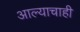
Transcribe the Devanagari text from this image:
आल्याचाही